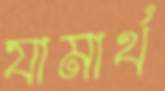
যামার্থ